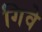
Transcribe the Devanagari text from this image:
गिवे